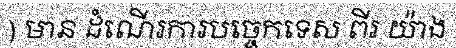
) មាន ដំណើរការបច្ចេកទេស ពីរ យ៉ាង